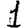
Digit: 1